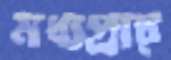
মধ্যপ্রাচ্